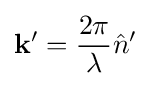
\mathbf {k^{\prime }} ={\frac {2\pi }{\lambda }}{\hat {n}}^{\prime }